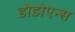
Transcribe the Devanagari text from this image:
डोडोएन्स